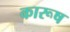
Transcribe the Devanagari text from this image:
कारूष